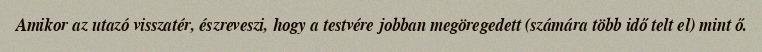
Amikor az utazó visszatér, észreveszi, hogy a testvére jobban megöregedett (számára több idő telt el) mint ő.